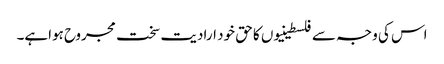
اس کی وجہ سے فلسطینیوں کا حق خود ارادیت سخت مجروح ہواہے۔